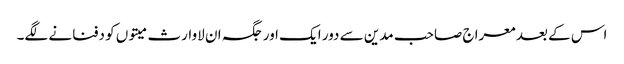
اس کے بعد معراج صاحب مدین سے دور ایک اور جگہ ان لاوارث میتوں کو دفنانے لگے۔